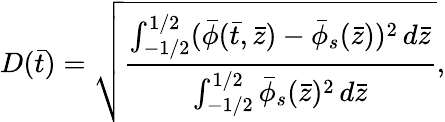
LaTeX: D(\bar{t})=\sqrt{\frac{\int_{-1/2}^{1/2}(\bar{\phi}(\bar{t},\bar{z})-\bar{\phi}_{s}(\bar{z}))^{2}\, d\bar{z}}{\int_{-1/2}^{1/2}\bar{\phi}_{s}(\bar{z})^{2}\, d\bar{z}}},